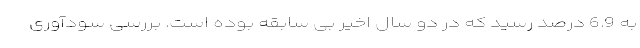
به 6.9 درصد رسید که در دو سال اخیر بی سابقه بوده است. بررسی سودآوری